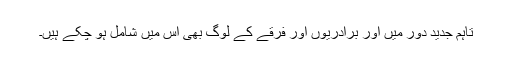
تاہم جدید دور میں اور برادریوں اور فرقے کے لوگ بھی اس میں شامل ہو چکے ہیں۔